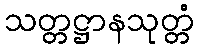
သတ္တဋ္ဌာနသုတ္တံ